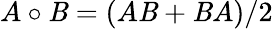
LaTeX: A\circ\mathit{B}=(A\mathit{B}+\mathit{B}A)/2